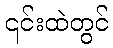
၎င်းထဲတွင်